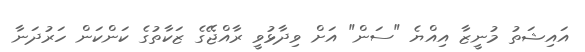
އައިޝަތު މުނީޒާ އިއްޔެ "ސަން" އަށް ވިދާޅުވީ ރާއްޖޭގެ ޒަކާތުގެ ކަންކަން ހަރުދަނާ